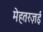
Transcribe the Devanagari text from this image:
मेहतरज़ई